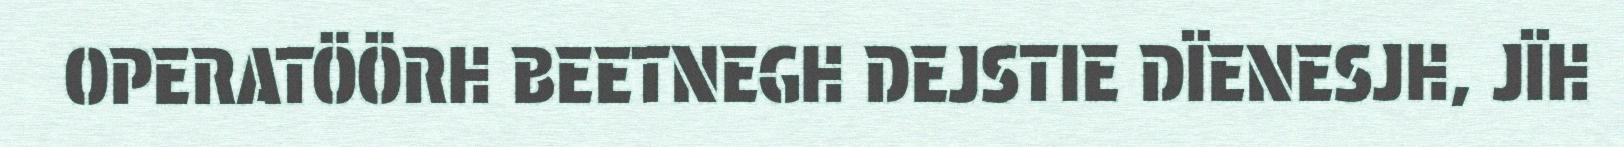
OPERATÖÖRH BEETNEGH DEJSTIE DÏENESJH, JÏH